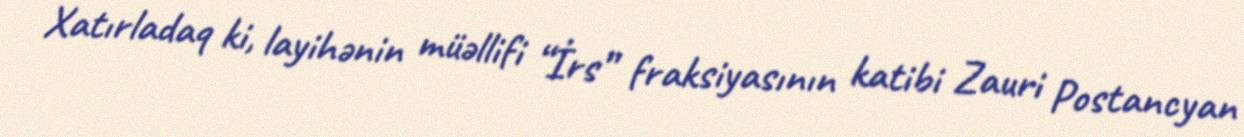
Xatırladaq ki, layihənin müəllifi “İrs” fraksiyasının katibi Zauri Postancyan